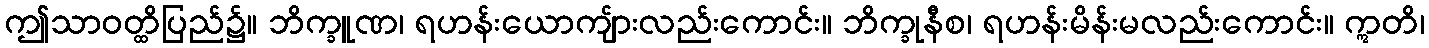
ဤသာဝတ္ထိပြည်၌။ ဘိက္ခူဏ၊ ရဟန်းယောကျ်ားလည်းကောင်း။ ဘိက္ခုနီစ၊ ရဟန်းမိန်းမလည်းကောင်း။ ဣတိ၊